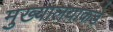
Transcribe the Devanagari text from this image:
मुख्यालयाकडे